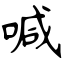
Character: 喊